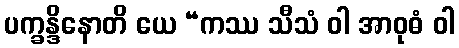
ပက္ခန္ဒိနောတိ ယေ “ကဿ သီသံ ဝါ အာဝုဓံ ဝါ